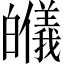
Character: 𱱾